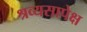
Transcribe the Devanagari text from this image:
श्रव्यसापेक्ष